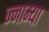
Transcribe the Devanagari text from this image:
ज्नाम्या